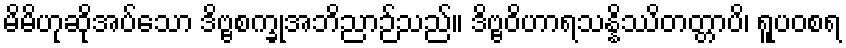
မိမိဟုဆိုအပ်သော ဒိဗ္ဗစက္ခုအဘိညာဉ်သည်။ ဒိဗ္ဗဝိဟာရသန္နိဿိတတ္တာပိ၊ ရူပဝစရ